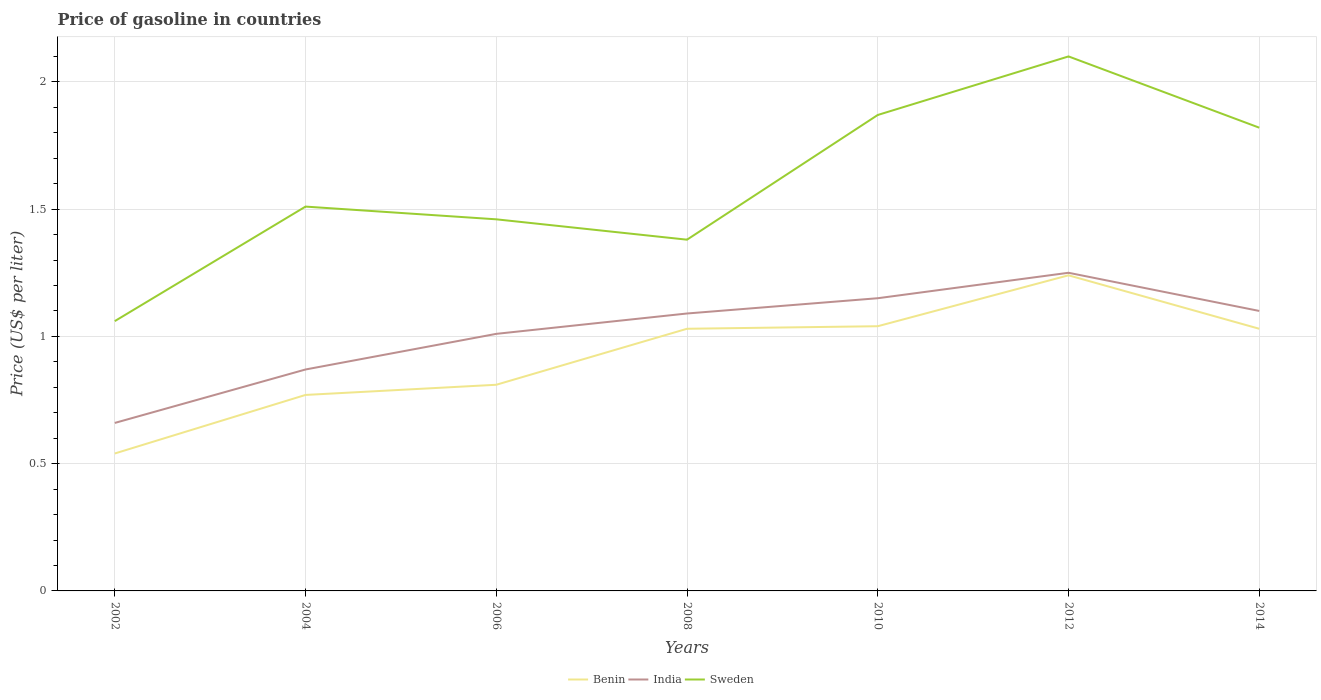
| Years | Benin | India | Sweden |
 | --- | --- | --- | --- |
 | 2002 | 0.54 | 0.66 | 1.06 |
 | 2004 | 0.77 | 0.87 | 1.51 |
 | 2006 | 0.81 | 1.01 | 1.46 |
 | 2008 | 1.03 | 1.09 | 1.38 |
 | 2010 | 1.04 | 1.15 | 1.87 |
 | 2012 | 1.24 | 1.25 | 2.1 |
 | 2014 | 1.03 | 1.1 | 1.82 |